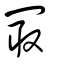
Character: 冣